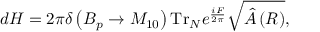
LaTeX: d H = 2 \pi \delta \left( { \cal B } _ { p } \rightarrow M _ { 1 0 } \right) \mathrm { T r } _ { N } e ^ { \frac { i F } { 2 \pi } } \sqrt { \hat { \cal A } \left( R \right) } ,